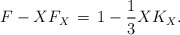
\begin{align*}F - X F_X \,=\,1 - \frac{1}{3} X K_X.\end{align*}